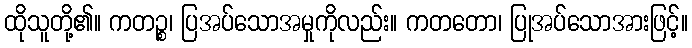
ထိုသူတို့၏။ ကတဉ္စ၊ ပြအပ်သောအမှုကိုလည်း။ ကတတော၊ ပြုအပ်သောအားဖြင့်။